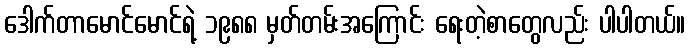
ဒေါက်တာမောင်မောင်ရဲ့ ၁၉၈၈ မှတ်တမ်းအကြောင်း ရေးတဲ့စာတွေလည်း ပါပါတယ်။